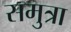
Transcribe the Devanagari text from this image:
समुत्रा